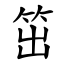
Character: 笜